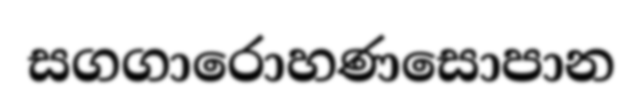
සගගාරොහණසොපාන